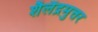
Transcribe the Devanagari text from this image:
शैलैंद्रमुत्तर